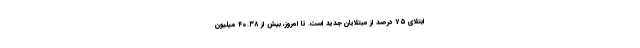
ابتلای ۷۵ درصد از مبتلایان جدید است. تا امروز، بیش از ۴۰.۳۸ میلیون